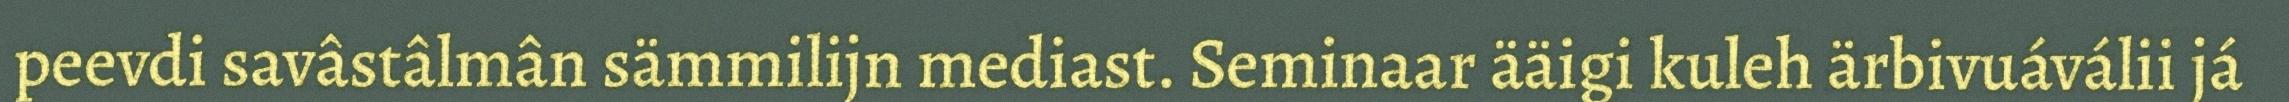
peevdi savâstâlmân sämmilijn mediast. Seminaar ääigi kuleh ärbivuáválii já